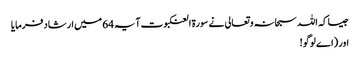
جیسا کہ اللہ سبحانہ و تعالی نے سورۃ العنکبوت آیہ 64 میں ارشاد فرمایا
اور (اے لوگو!